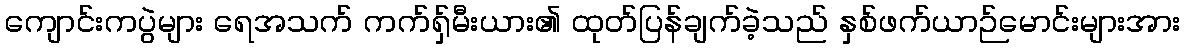
ကျောင်းကပွဲများ ရေအသက် ကက်ရှ်မီးယား၏ ထုတ်ပြန်ချက်ခဲ့သည် နှစ်ဖက်ယာဉ်မောင်းများအား